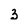
Character: 3